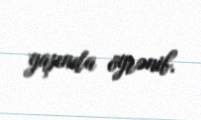
yaşında öyrənib.